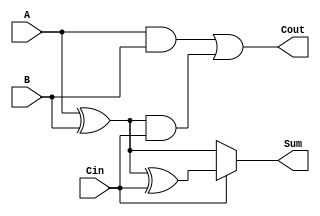
module ConditionalSumFullAdder (
    input wire A,      // First input bit
    input wire B,      // Second input bit
    input wire Cin,    // Carry-in bit
    output wire Sum,   // Resulting sum bit
    output wire Cout   // Carry-out bit
);
    // Intermediate signals for sum and carry calculations
    wire S0;          // Sum without carry-in
    wire S1;          // Sum with carry-in
    wire C0;          // Carry generated from A and B
    wire C1;          // Carry generated from S0 and Cin
    
    // Calculate the conditional sums
    assign S0 = A ^ B;         // S0 = A XOR B
    assign S1 = S0 ^ Cin;      // S1 = S0 XOR Cin

    // Calculate the potential carries
    assign C0 = A & B;         // C0 = A AND B
    assign C1 = S0 & Cin;      // C1 = S0 AND Cin

    // Final carry-out
    assign Cout = C0 | C1;     // Cout = C0 OR C1

    // Final sum output based on carry-in
    assign Sum = Cin ? S1 : S0; // If Cin = 1, Sum = S1; else Sum = S0

endmodule